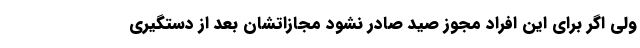
ولی اگر برای این افراد مجوز صید صادر نشود مجازاتشان بعد از دستگیری